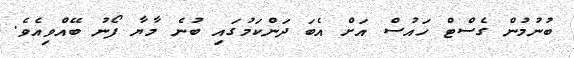
ބުނުމުން ގެސްޓް ހައުސް އަށް އެބަ ދަންކަމުގައި ބުނެ މާޔާ ފޯނު ބޭއްވިއެވެ.